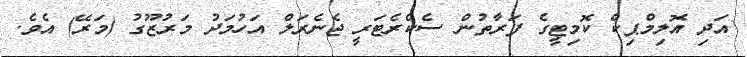
އަދި އޮލިމްޕިކް ކޮމިޓީގެ ފަރާތުން ސެކްރެޓަަރީ ޖެނެރަލް އަހުމަދު މަރުޒޫގު (މަރޭ) އެވެ.